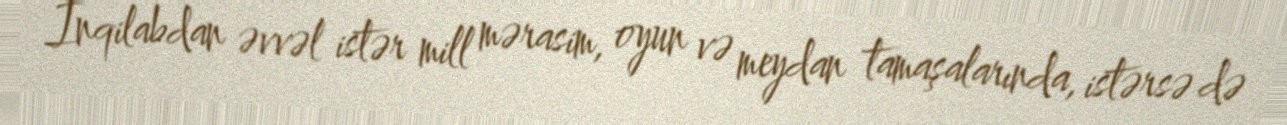
İnqilabdan əvvəl istər mill mərasim, oyun və meydan tamaşalarında, istərsə də